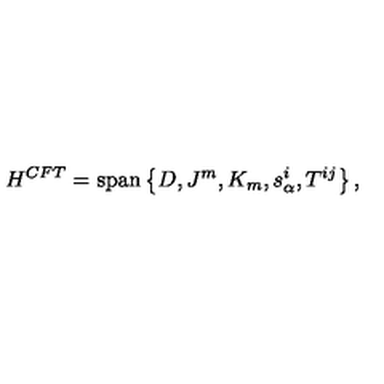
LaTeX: H ^ { C F T } = \mathrm { s p a n } \left\{ D , J ^ { m } , K _ { m } , s _ { \alpha } ^ { i } , T ^ { i j } \right\} ,